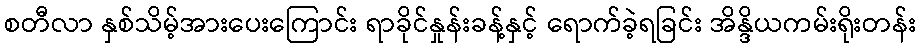
စတီလာ နှစ်သိမ့်အားပေးကြောင်း ရာခိုင်နှုန်းခန့်နှင့် ရောက်ခဲ့ရခြင်း အိန္ဒိယကမ်းရိုးတန်း